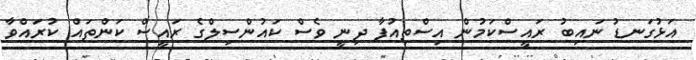
އަޅުގަނޑު ނައިބު ރައީސްކަމުން އިސްތިއުފާ ދިނީ ވެސް ކައުންސިލްގެ ރައީސް ކަންތައް ކުރައްވާ